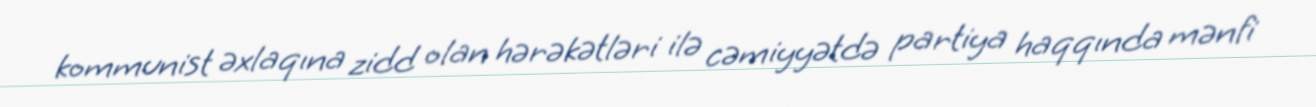
kommunist əxlaqına zidd olan hərəkətləri ilə cəmiyyətdə partiya haqqında mənfi